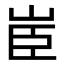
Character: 𦣟